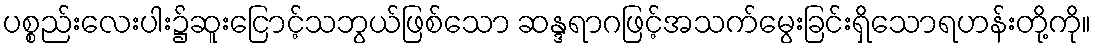
ပစ္စည်းလေးပါး၌ဆူးငြောင့်သဘွယ်ဖြစ်သော ဆန္ဒရာဂဖြင့်အသက်မွေးခြင်းရှိသောရဟန်းတို့ကို။